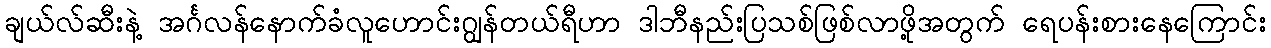
ချယ်လ်ဆီးနဲ့ အင်္ဂလန်နောက်ခံလူဟောင်းဂျွန်တယ်ရီဟာ ဒါဘီနည်းပြသစ်ဖြစ်လာဖို့အတွက် ရေပန်းစားနေကြောင်း